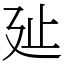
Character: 㢟